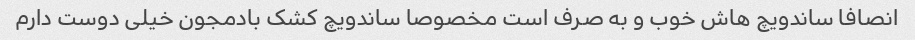
انصافا ساندویچ هاش خوب و به صرف است مخصوصا ساندویچ کشک بادمجون خیلی دوست دارم